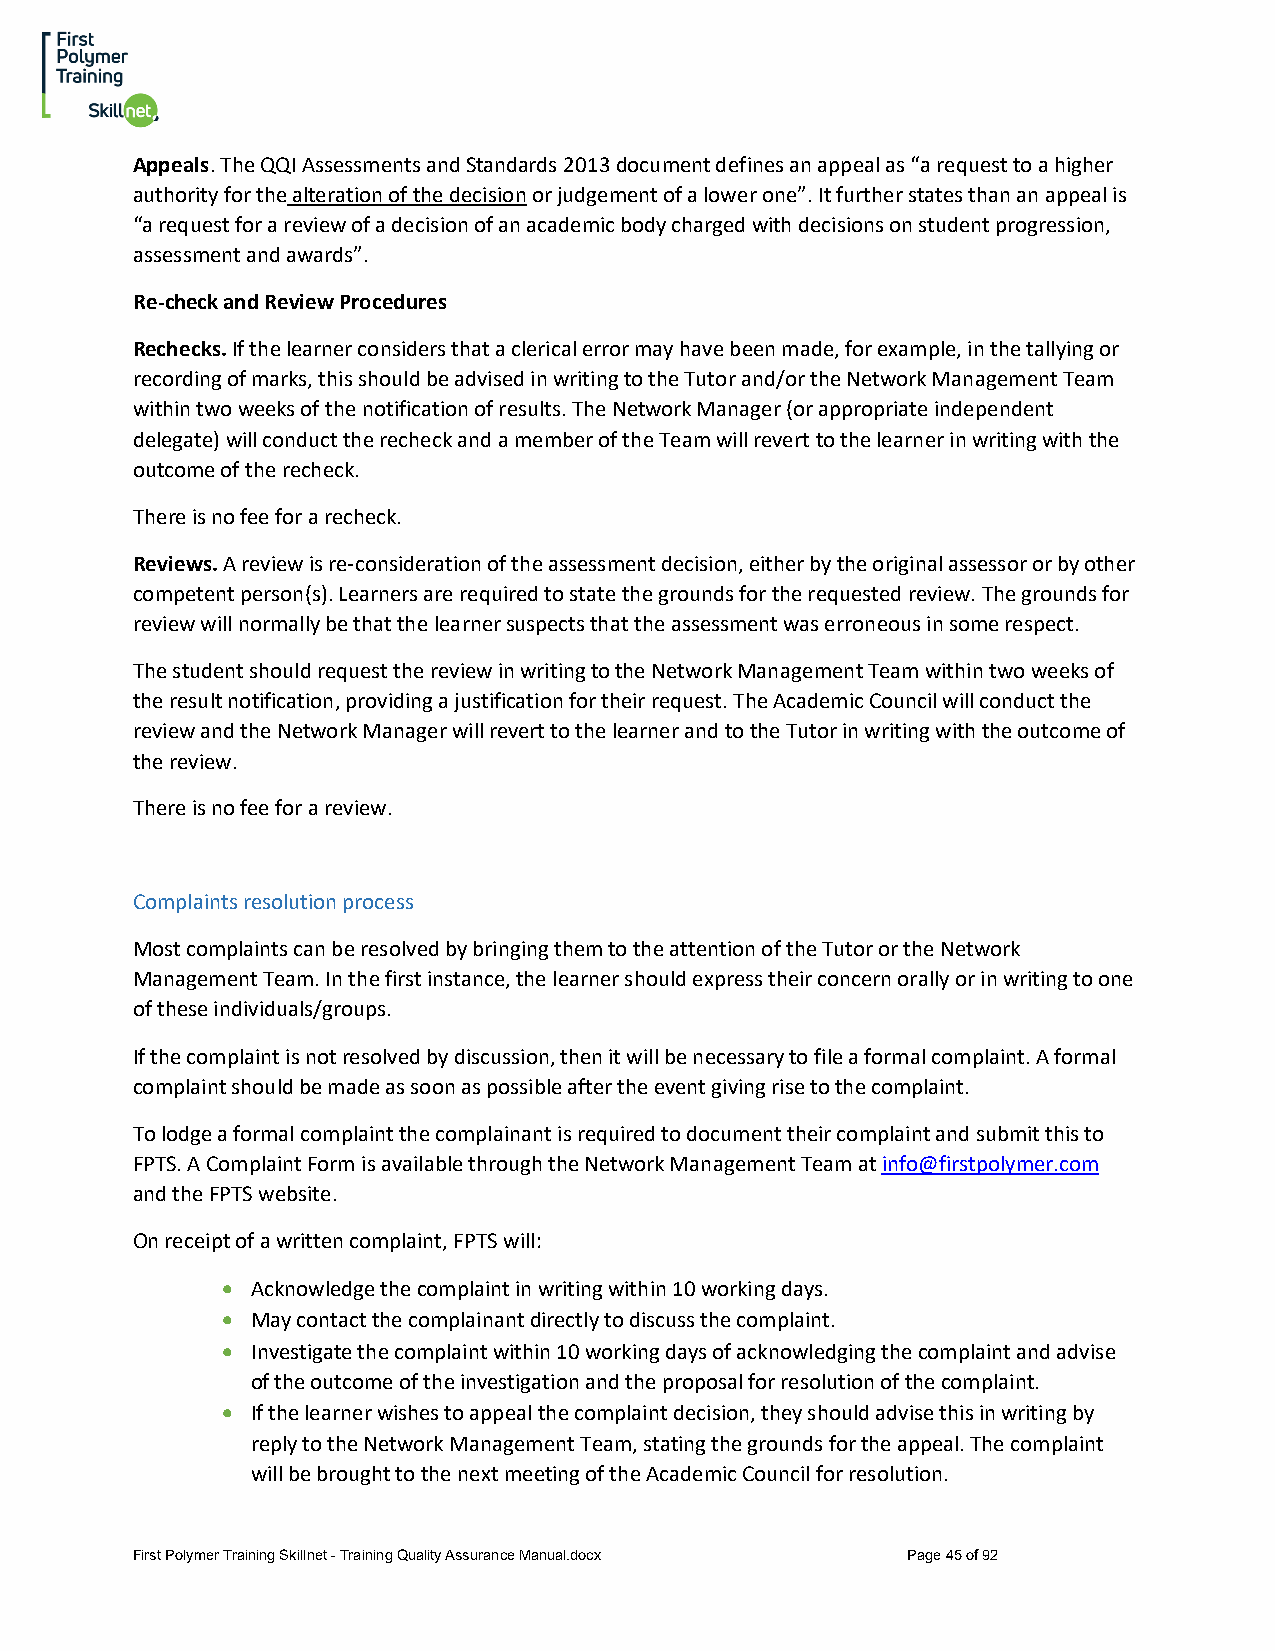
Appeals. The QQI Assessments and Standards 2013 document defines an appeal as “a request to a higher
 authority for the alteration of the decision or judgement of a lower one”. It further states than an appeal is
 “a request for a review of a decision of an academic body charged with decisions on student progression,
 assessment and awards”.
 Re-check and Review Procedures
 Rechecks. If the learner considers that a clerical error may have been made, for example, in the tallying or
 recording of marks, this should be advised in writing to the Tutor and/or the Network Management Team
 within two weeks of the notification of results. The Network Manager (or appropriate independent
 delegate) will conduct the recheck and a member of the Team will revert to the learner in writing with the
 outcome of the recheck.
 There is no fee for a recheck.
 Reviews. A review is re-consideration of the assessment decision, either by the original assessor or by other
 competent person(s). Learners are required to state the grounds for the requested review. The grounds for
 review will normally be that the learner suspects that the assessment was erroneous in some respect.
 The student should request the review in writing to the Network Management Team within two weeks of
 the result notification, providing a justification for their request. The Academic Council will conduct the
 review and the Network Manager will revert to the learner and to the Tutor in writing with the outcome of
 the review.
 There is no fee for a review.
 Complaints resolution process
 Most complaints can be resolved by bringing them to the attention of the Tutor or the Network
 Management Team. In the first instance, the learner should express their concern orally or in writing to one
 of these individuals/groups.
 If the complaint is not resolved by discussion, then it will be necessary to file a formal complaint. A formal
 complaint should be made as soon as possible after the event giving rise to the complaint.
 To lodge a formal complaint the complainant is required to document their complaint and submit this to
 FPTS. A Complaint Form is available through the Network Management Team at info@firstpolymer.com
 and the FPTS website.
 On receipt of a written complaint, FPTS will:
 • Acknowledge the complaint in writing within 10 working days.
 • May contact the complainant directly to discuss the complaint.
 • Investigate the complaint within 10 working days of acknowledging the complaint and advise
 of the outcome of the investigation and the proposal for resolution of the complaint.
 • If the learner wishes to appeal the complaint decision, they should advise this in writing by
 reply to the Network Management Team, stating the grounds for the appeal. The complaint
 will be brought to the next meeting of the Academic Council for resolution.
 First Polymer Training Skillnet - Training Quality Assurance Manual.docx Page 45 of 92